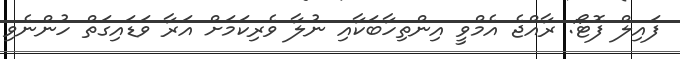
ފައިލް ފޮޓޯ: ރާއްޖެ އެމްވީ އިންތިހާބަކާއި ނުލާ ވެރިކަމަށް އަރާ ވަޑައިގަތް ހުންނެވި